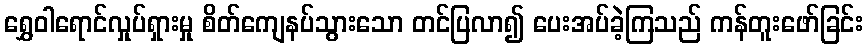
ရွှေဝါရောင်လှုပ်ရှားမှု စိတ်ကျေနပ်သွားသော တင်ပြလာ၍ ပေးအပ်ခဲ့ကြသည် ကန်တူးဖော်ခြင်း